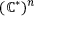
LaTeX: ( \mathbb { C } ^ { * } ) ^ { n }